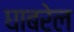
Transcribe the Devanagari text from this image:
घाबरेल